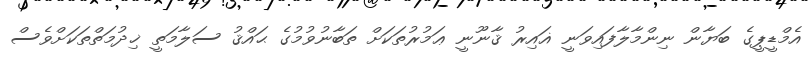
އެމްޑީޕީގެ ބަޔާން ނިންމާލާފައިވަނީ ޣައިރު ޤާނޫނީ ޢަމުރުތަކަށް ތަބާނުވުމުގެ ޙައްޤު ސަލާމަތީ ޚިދުމަތްތަކަށްވެސް